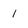
Character: 1